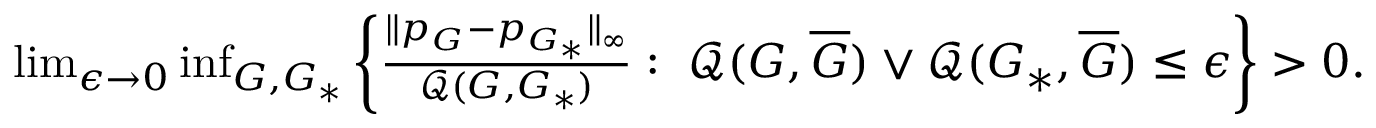
\begin{array} { r } { \operatorname* { l i m } _ { \epsilon \to 0 } \operatorname* { i n f } _ { G , G _ { * } } { \left\{ \frac { \| p _ { G } - p _ { G _ { * } } \| _ { \infty } } { \mathcal { Q } ( G , G _ { * } ) } : \ \mathcal { Q } ( G , \overline { { G } } ) \vee \mathcal { Q } ( G _ { * } , \overline { { G } } ) \leq \epsilon \right\} } > 0 . } \end{array}